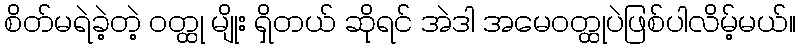
စိတ်မရဲခဲ့တဲ့ ဝတ္ထု မျိုး ရှိတယ် ဆိုရင် အဲဒါ အမေဝတ္ထုပဲဖြစ်ပါလိမ့်မယ်။